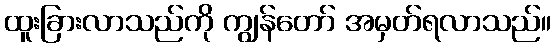
ထူးခြားလာသည်ကို ကျွန်တော် အမှတ်ရလာသည်။